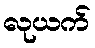
လုယက်